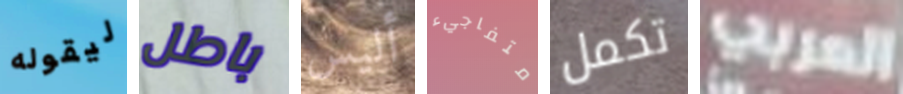
ليقوله باطل أليس متفاجيء تكمل العربي